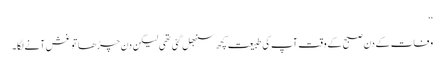
‘‘
وفات کے دن صبح کے وقت آپ کی طبیعت کچھ سنبھل گئی تھی لیکن دن چڑھا تو غش آنے لگا۔